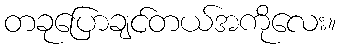
တခုပြောချင်တယ်အကိုလေး။